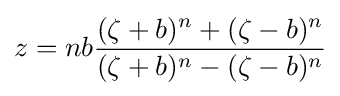
z=nb{\frac {(\zeta +b)^{n}+(\zeta -b)^{n}}{(\zeta +b)^{n}-(\zeta -b)^{n}}}